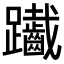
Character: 𨈄